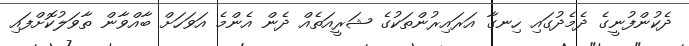
ދެކުންފުނީގެ ދެމެދުގައި ހިނގާ އަރައިރުންތަކުގެ ޝަރީއަތެއް ދެން އެންމެ އަވަހަށް ބާއްވާން ތާވަލުކޮށްފައި